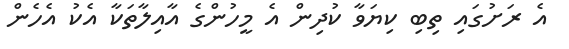
އެ ރަށުގައި ތިބި ކިޔަވާ ކުދިން އެ މީހުންގެ އާއިލާތަކާ އެކު އެހެން